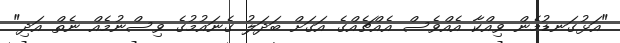
"އަޅުގަނޑުމެން ވިއްކާ އެއްވެސް އެއްޗެއްގެ އަގަށް ބަދަލު ގެނައުމުގެ ވިސްނުމެއް ނެތް އަދި"